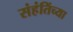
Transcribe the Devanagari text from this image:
संहंतिंच्या